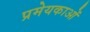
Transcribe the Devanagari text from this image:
प्रमेयकाओं